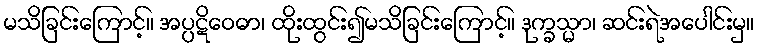
မသိခြင်းကြောင့်။ အပ္ပဋိဝေဓာ၊ ထိုးထွင်း၍မသိခြင်းကြောင့်။ ဒုက္ခသ္မာ၊ ဆင်းရဲအပေါင်းမှ။